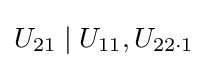
U_{21}\mid U_{11},U_{22\cdot 1}